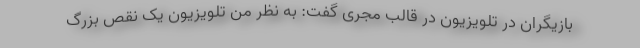
بازیگران در تلویزیون در قالب مجری گفت: به نظر من تلویزیون یک نقص بزرگ